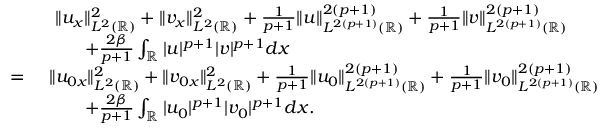
\begin{array} { r l } & { \ \| u _ { x } \| _ { L ^ { 2 } ( \mathbb { R } ) } ^ { 2 } + \| v _ { x } \| _ { L ^ { 2 } ( \mathbb { R } ) } ^ { 2 } + \frac { 1 } { p + 1 } \| u \| _ { L ^ { 2 ( p + 1 ) } ( \mathbb { R } ) } ^ { 2 ( p + 1 ) } + \frac { 1 } { p + 1 } \| v \| _ { L ^ { 2 ( p + 1 ) } ( \mathbb { R } ) } ^ { 2 ( p + 1 ) } } \\ & { \qquad + \frac { 2 \beta } { p + 1 } \int _ { \mathbb { R } } | u | ^ { p + 1 } | v | ^ { p + 1 } d x } \\ { = \ } & { \| u _ { 0 x } \| _ { L ^ { 2 } ( \mathbb { R } ) } ^ { 2 } + \| v _ { 0 x } \| _ { L ^ { 2 } ( \mathbb { R } ) } ^ { 2 } + \frac { 1 } { p + 1 } \| u _ { 0 } \| _ { L ^ { 2 ( p + 1 ) } ( \mathbb { R } ) } ^ { 2 ( p + 1 ) } + \frac { 1 } { p + 1 } \| v _ { 0 } \| _ { L ^ { 2 ( p + 1 ) } ( \mathbb { R } ) } ^ { 2 ( p + 1 ) } } \\ & { \qquad + \frac { 2 \beta } { p + 1 } \int _ { \mathbb { R } } | u _ { 0 } | ^ { p + 1 } | v _ { 0 } | ^ { p + 1 } d x . } \end{array}